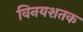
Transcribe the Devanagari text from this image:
विनयशतक